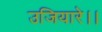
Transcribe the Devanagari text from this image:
उजियारे।।